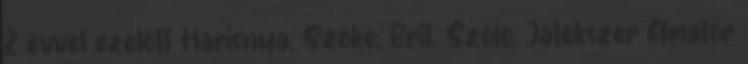
2 évvel ezelőtt Harisnya, Szőke, Brit, Szóló, Játékszer Amatör